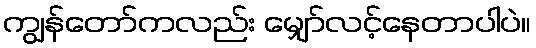
ကျွန်တော်ကလည်း မျှော်လင့်နေတာပါပဲ။